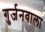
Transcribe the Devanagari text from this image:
गुर्जनवाला